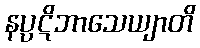
နပ္ပဋိဘာသေယျာတိ